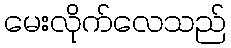
မေးလိုက်လေသည်